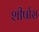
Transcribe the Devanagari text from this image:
शीर्षास